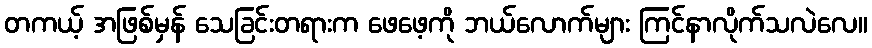
တကယ့် အဖြစ်မှန် သေခြင်းတရားက ဖေဖေ့ကို ဘယ်လောက်များ ကြင်နာလိုက်သလဲလေ။